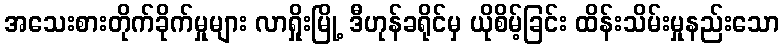
အသေးစားတိုက်ခိုက်မှုများ လာရှိုးမြို့ ဒီဟုန်ခရိုင်မှ ယိုစိမ့်ခြင်း ထိန်းသိမ်းမှုနည်းသော